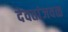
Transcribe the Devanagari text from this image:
देवतांजवळ